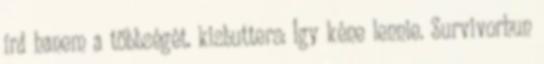
írd hanem a többségét. kisbutters: Így kéne lennie. Survivorhun